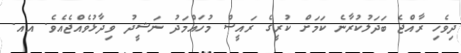
ދިވެހި ރާއްޖެ ބަދަލުކުރާނެ ކަމަށް ކުރީގެ ރައީސް މުހައްމަދު ނަޝީދު ވިދާޅުވެއްޖެއެވެ. އއ.